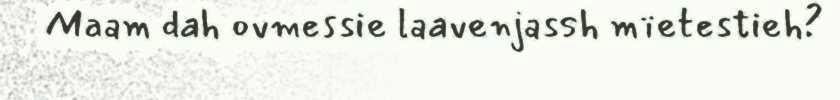
Maam dah ovmessie laavenjassh mïetestieh?